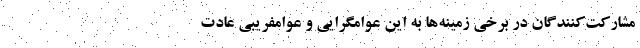
مشارکت‌کنندگان در برخی زمینه‌ها به این عوامگرایی و عوامفریبی عادت